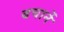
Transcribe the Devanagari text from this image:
बचानें